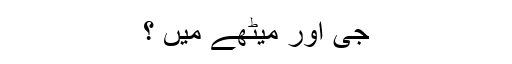
جی اور میٹھے میں ؟